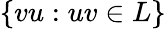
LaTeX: \{ vu:uv\in L\}